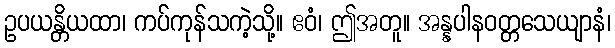
ဥပယန္တိယထာ၊ ကပ်ကုန်သကဲ့သို့။ ဧဝံ၊ ဤအတူ။ အန္နပါနဝတ္တသေယျာနံ၊